Mental hospitals Bombay report 1921-28 - 1921-1928
Year: 1921
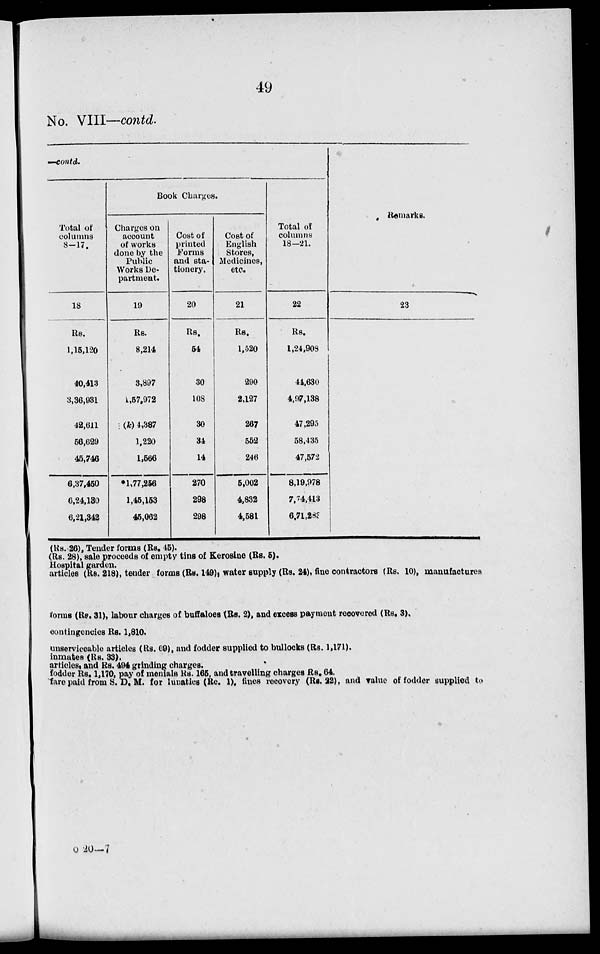
49
No. VIII—contd.
—contd.
Total of
columns
8-17.
18
Rs.
1,15,120
40,413
3,36,931
42,611
56,629
45,746
6,37,450
6,24,130
6,21,342
Book Charges.
Charges on
account
of works
done by the
Public
Works De-
partment.
19
Rs.
8,214
3,897
1,57,972
(k) 4,387
1,220
1,566
*1,77,256
1,45,153
45,062
Cost of
printed
Forms
and sta-
tionery.
20
Rs.
54
30
108
30
34
14
270
298
298
Cost of
English
Stores,
Medicines,
etc.
21
Rs.
1,520
290
2,127
267
552
246
5,002
4,832
4,581
Total of
columns
18-21.
22
Rs.
1,24,908
44,630
4,97,138
47,295
58,435
47,572
8,19,978
7,74,413
6,71,283
Remarks.
23
(Rs. 26), Tender forms (Rs. 45).
(Rs. 28), sale proceeds of empty tins of Kerosine (Rs. 5).
Hospital garden.
articles (Rs. 218), tender forms (Rs. 149), water supply (Rs. 24), fine contractors (Rs. 10), manufactures
forms (Rs. 31), labour charges of buffaloes (Rs. 2), and excess payment recovered (Rs. 3),
contingencies Rs. 1,810.
unserviceable articles (Rs. 69), and fodder supplied to bullocks (Rs. 1,171).
inmates (Rs. 33).
articles, and Rs. 494 grinding charges.
fodder Rs. 1,170, pay of menials Rs. 165, and travelling charges Rs. 64.
fare paid from S. D. M. for lunatics (Re. 1), fines recovery (Rs. 22), and value of fodder supplied to
o 20—7